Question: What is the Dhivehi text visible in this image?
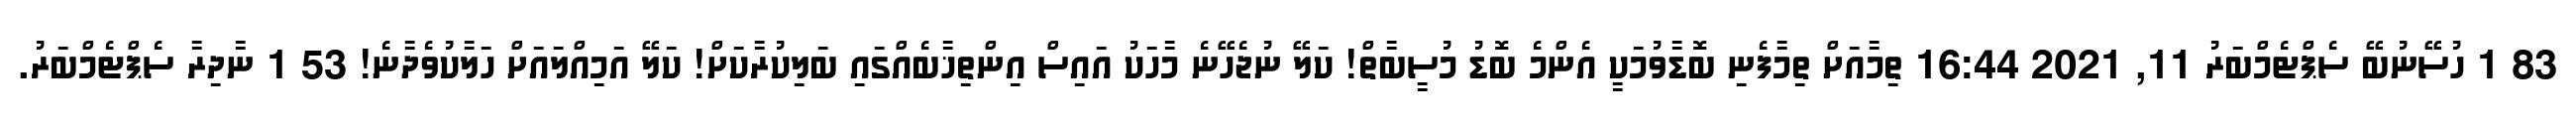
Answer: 83 1 ހުސޭނުބޭ ސެޕްޓެމްބަރު 11, 2021 16:44 ތިމާއަށް ތިމާފެނި ބޮޑާވުމަކީ އެންމެ ބޮޑު މުސީބާތް! ކަލޭ ނުޖެހޭނެ މާހަކު އައިސް އިންތިޚާބެއްގައި ބަލިކުރާކަށް! ކަލޭ އަމިއްލައަށް ހަލާކުވެދާނެ! 53 1 ނާދިރާ ސެޕްޓެމްބަރު.